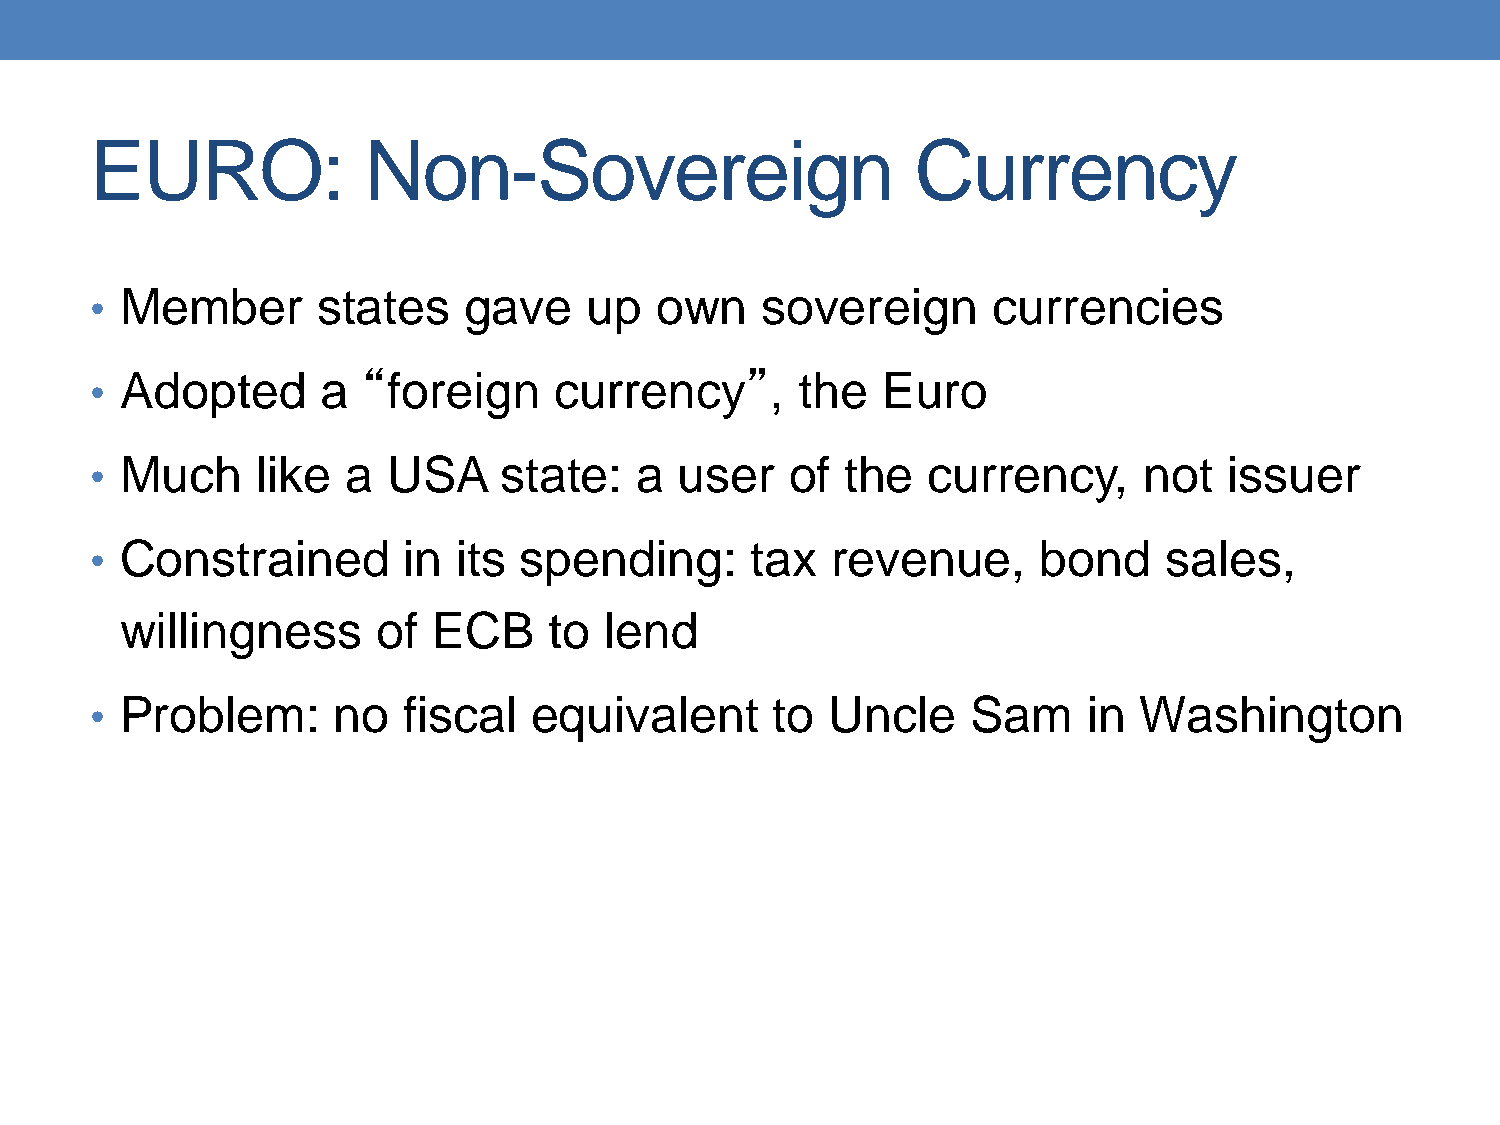
EURO:             Non-Sovereign                        Currency
 • Member       states    gave    up  own    sovereign       currencies
 • Adopted      a  “foreign     currency”,      the  Euro
 • Much     like  a  USA    state:   a  user   of  the  currency,      not  issuer
 • Constrained        in its spending:       tax  revenue,      bond    sales,
 willingness      of  ECB    to  lend
 • Problem:      no   fiscal  equivalent      to  Uncle    Sam     in Washington